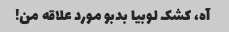
آه، کشک لوبیا بدبو مورد علاقه من!